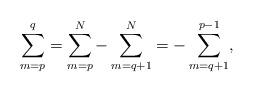
LaTeX: \begin{align*}\sum_{m=p}^q=\sum_{m=p}^N-\sum_{m=q+1}^{N}=-\sum_{m=q+1}^{p-1},\end{align*}